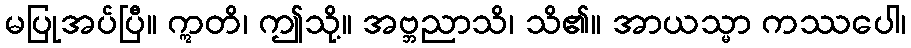
မပြုအပ်ပြီ။ ဣတိ၊ ဤသို့။ အဗ္ဘညာသိ၊ သိ၏။ အာယသ္မာ ကဿပေါ၊